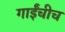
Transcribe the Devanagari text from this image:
गाईंचीच